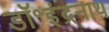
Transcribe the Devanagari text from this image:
डॉ॰इंद्रनाथ